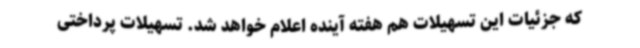
که جزئیات این تسهیلات هم هفته آینده اعلام خواهد شد. تسهیلات پرداختی